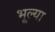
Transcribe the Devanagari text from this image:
भूल्या